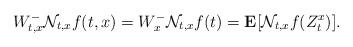
LaTeX: \begin{align*}W^{-}_{t, x}\mathcal{N}_{t,x} f (t,x)=W^{-}_{x}\mathcal{N}_{t,x} f(t) = \mathbf{E}[\mathcal{N}_{t,x} f (Z_t^x)].\end{align*}